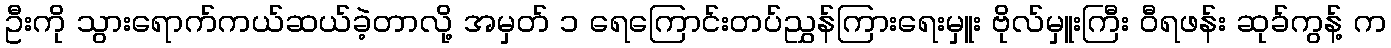
ဦးကို သွားရောက်ကယ်ဆယ်ခဲ့တာလို့ အမှတ် ၁ ရေကြောင်းတပ်ညွှန်ကြားရေးမှူး ဗိုလ်မှူးကြီး ဝီရဖန်း ဆုခ်ကွန့် က